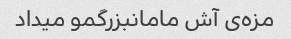
مزه‌ی آش مامانبزرگمو میداد